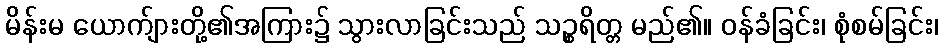
မိန်းမ ယောက်ျားတို့၏အကြား၌ သွားလာခြင်းသည် သဉ္စရိတ္တ မည်၏။ ဝန်ခံခြင်း၊ စုံစမ်ခြင်း၊